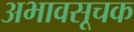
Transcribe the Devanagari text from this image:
अभावसूचक